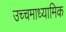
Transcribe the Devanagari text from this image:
उच्चमाध्यामिक